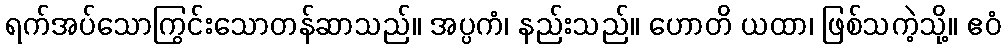
ရက်အပ်သောကြွင်းသောတန်ဆာသည်။ အပ္ပကံ၊ နည်းသည်။ ဟောတိ ယထာ၊ ဖြစ်သကဲ့သို့။ ဧဝံ